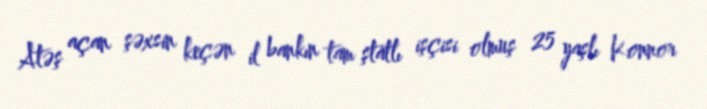
Atəş açan şəxsin keçən il bankın tam ştatlı işçisi olmuş 25 yaşlı Konnor